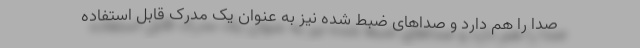
صدا را هم دارد و صداهای ضبط شده نیز به عنوان یک مدرک قابل استفاده